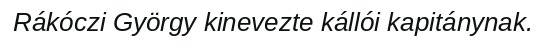
Rákóczi György kinevezte kállói kapitánynak.